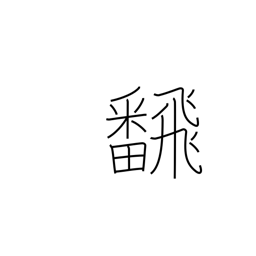
Meaning: flip over